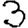
Digit: 3